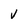
Character: V